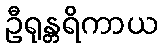
ဦရုန္တရိကာယ